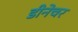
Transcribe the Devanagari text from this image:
डीनेचर